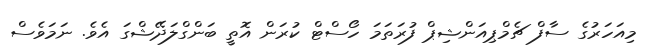
މިއަހަރުގެ ސާފް ޗެމްޕިއަންޝިޕް ފުރަތަަމަ ހޯސްޓް ކުރަން އޮތީ ބަންގްލަދޭޝްގަ އެވެ. ނަމަވެސް